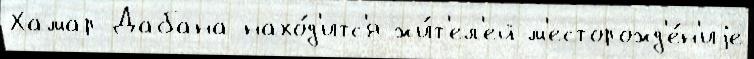
Хамар-Дабана нахо́д'итс'я жи́т'ел'ей м'есторожд'е́н'иjе